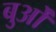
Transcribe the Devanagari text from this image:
बुओं